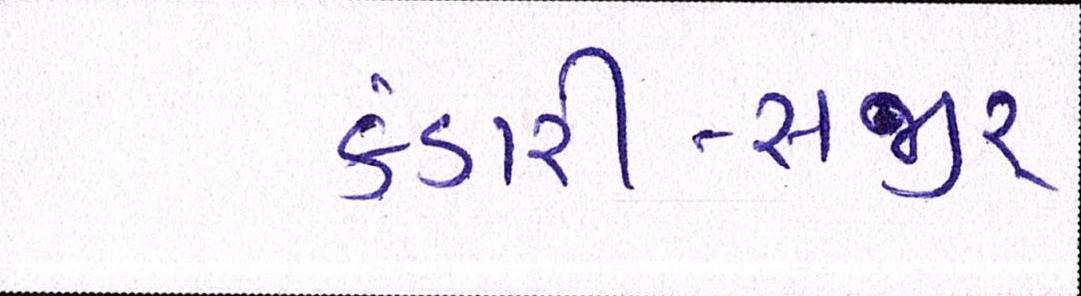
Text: કંડારી-સજીર્